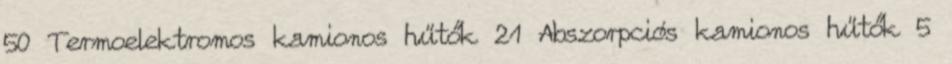
50 Termoelektromos kamionos hűtők 21 Abszorpciós kamionos hűtők 5